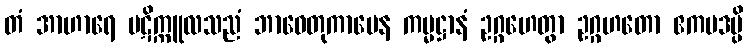
တံ အာဟာရေ ပဋိက္ကူလသညံ ဘာဝေတုကာမေန ကမ္မဋ္ဌာနံ ဥဂ္ဂဟေတွာ ဥဂ္ဂဟတော ဧကပဒမ္ပိ